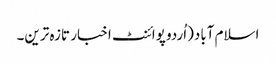
اسلام آباد(اُردو پوائنٹ اخبار تازہ ترین۔